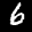
Label: 6